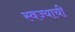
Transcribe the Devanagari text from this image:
स्वज्याची